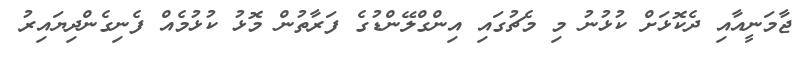
ޖާމަނީއާއި ދެކޮޅަށް ކުޅުނު މި މެޗުގައި އިންގްލޭންޑުގެ ފަރާތުން މޮޅު ކުޅުމެއް ފެނިގެންދިޔައިރު